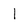
Character: 1